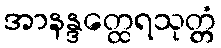
အာနန္ဒတ္ထေရသုတ္တံ